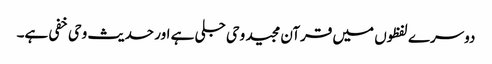
دوسرے لفظوں میں قرآن مجید وحی جلی ہے اور حدیث وحی خفی ہے۔